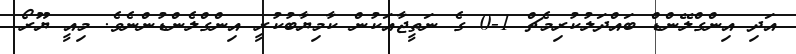
އަދި އިންގްލޭންޑް ބައްދަލުކުރިމެޗް 1-0 ގެ ނަތީޖާއަކުން ކާމިޔާބުކުރީ އިންގްލެންޑުންނެވެ. މިއީ ޔޫރޯ